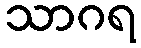
သာဂရ